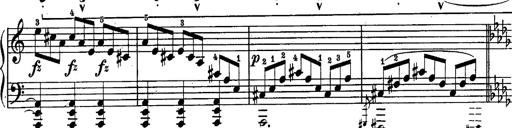
Title: Schubert's Impromptus [revised and edited by Franz Liszt]
Composer: Franz Liszt